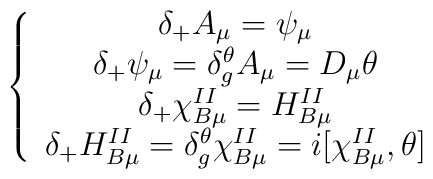
\left\{\begin{array}{c}\delta_+A_\mu=\psi_\mu  \\\delta_+\psi_\mu=\delta^\theta_gA_\mu  =D_\mu\theta\\\delta_+\chi_{B\mu}^{II}=H^{II}_{B\mu}\\\delta_+H^{II}_{B\mu}=\delta^\theta_g\chi^{II}_{B\mu}=i[\chi^{II}_{B\mu},\theta]\end{array}\right.